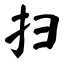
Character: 扫